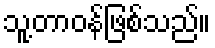
သူ့တာဝန်ဖြစ်သည်။